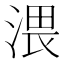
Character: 渨